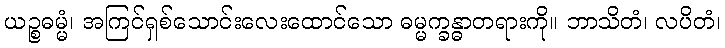
ယဉ္စဓမ္မံ၊ အကြင်ရှစ်သောင်းလေးထောင်သော ဓမ္မက္ခန္ဓာတရားကို။ ဘာသိတံ၊ လပိတံ၊